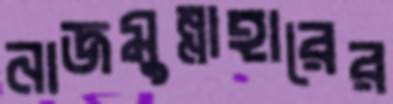
নাজমুন্নাহারের